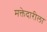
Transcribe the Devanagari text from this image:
मक्तेदारीला